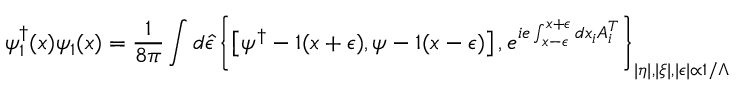
\psi _ { 1 } ^ { \dagger } ( x ) \psi _ { 1 } ( x ) = \frac { 1 } { 8 \pi } \int d \hat { \epsilon } \left\{ \left[ \psi ^ { \dagger } - 1 ( x + \epsilon ) , \psi - 1 ( x - \epsilon ) \right] , e ^ { i e \int _ { x - \epsilon } ^ { x + \epsilon } d x _ { i } A _ { i } ^ { T } } \right\} _ { | \eta | , | \xi | , | \epsilon | \propto 1 / \Lambda }